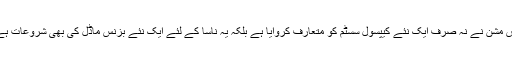
اس مشن نے نہ صرف ایک نئے کیپسول سسٹم کو متعارف کروایا ہے بلکہ یہ ناسا کے لئے ایک نئے بزنس ماڈل کی بھی شروعات ہے۔